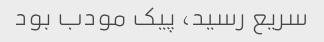
سریع رسید، پیک مودب بود